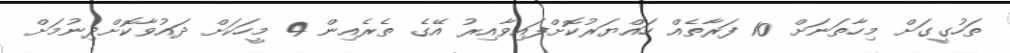
ތަހުގީގަށް މިހާތަނަށް 10 ފަރާތެއް ހައްޔަރުކޮށްފައިވާއިރު އޭގެ ތެރެއިން 4 މީހަކަށް ދައުވާކޮށްދިނުމަށް